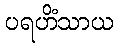
ပရဟိံသာယ